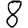
Digit: 8